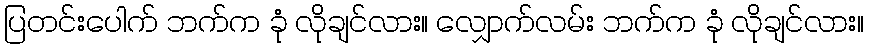
ပြတင်းပေါက် ဘက်က ခုံ လိုချင်လား။ လျှောက်လမ်း ဘက်က ခုံ လိုချင်လား။